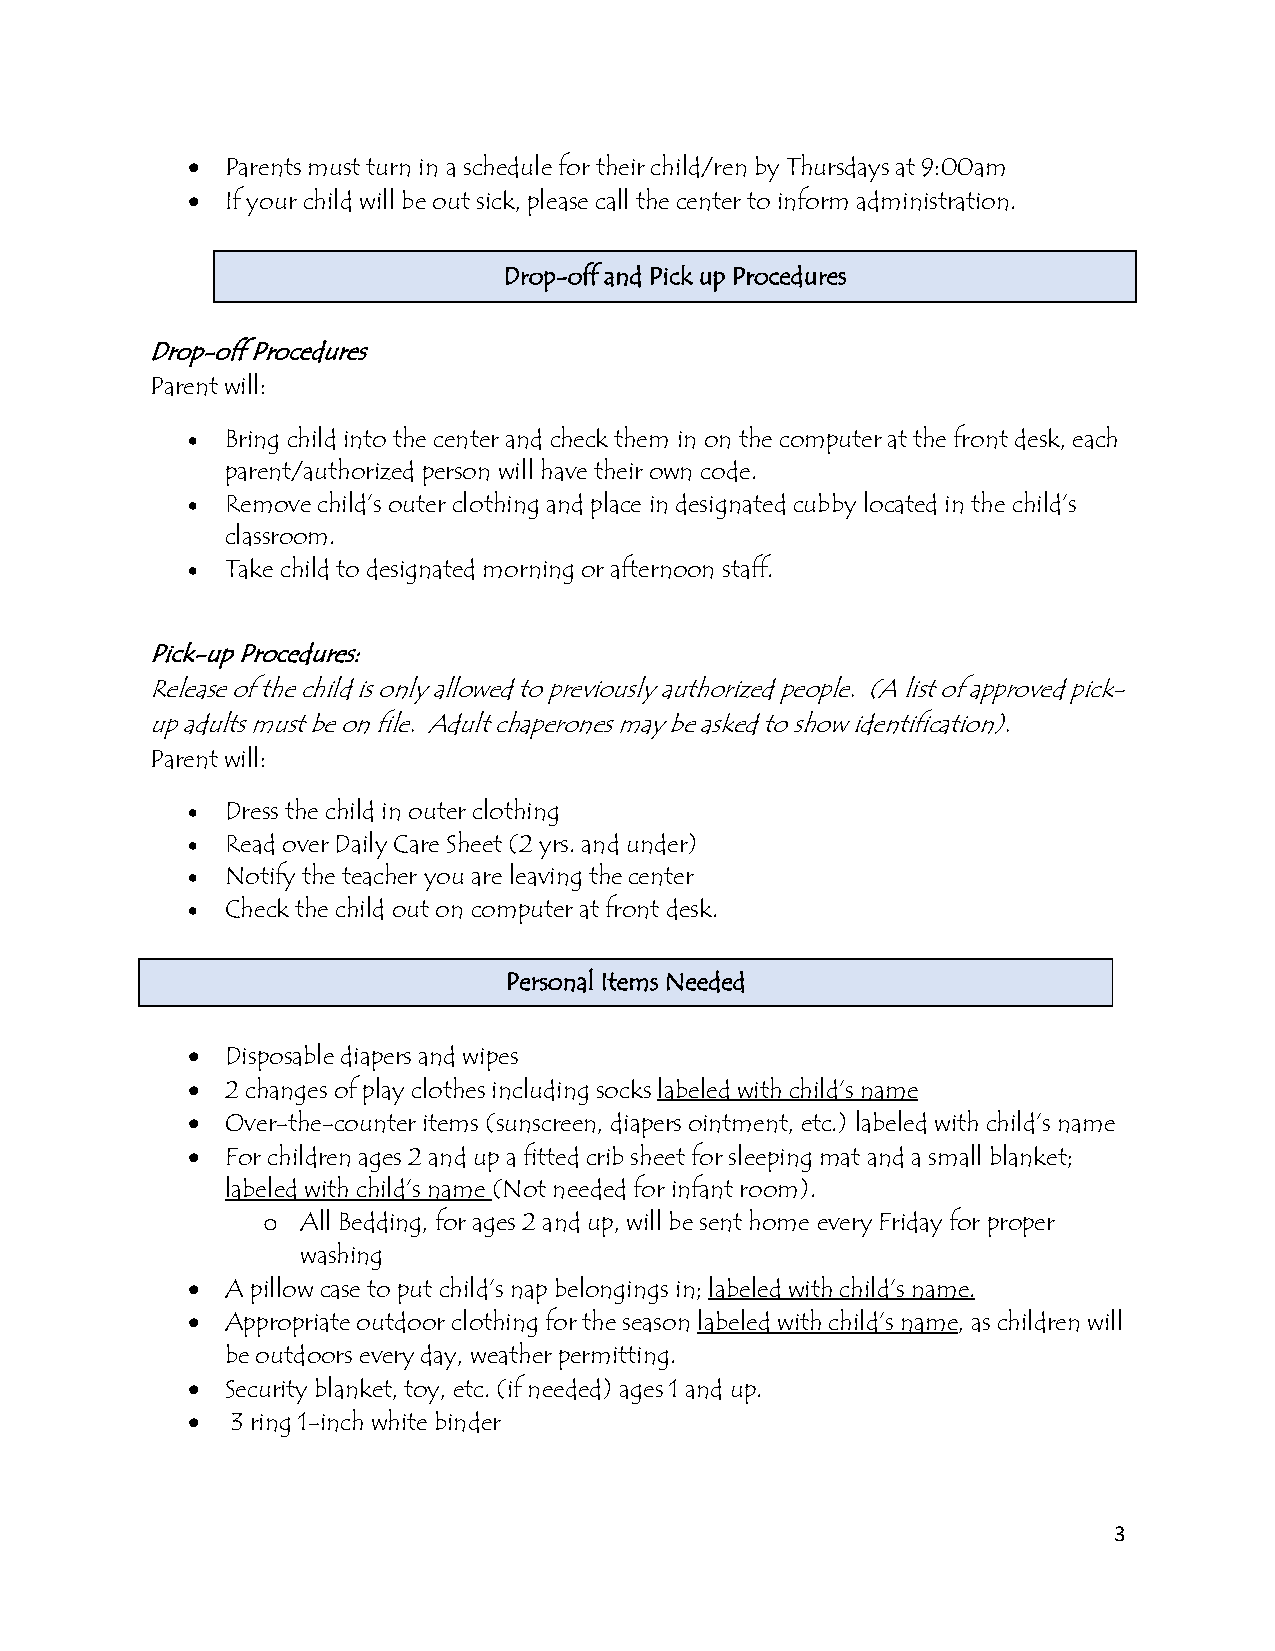
•  Parents must turn in a schedule for their child/ren by Thursdays at 9:00am
 •  If your child will be out sick, please call the center to inform administration.
 Drop-off and Pick up Procedures
 Drop-off Procedures
 Parent will:
 •  Bring child into the center and check them in on the computer at the front desk, each
 parent/authorized person will have their own code.
 •  Remove child’s outer clothing and place in designated cubby located in the child’s
 classroom.
 •  Take child to designated morning or afternoon staff.
 Pick-up Procedures:
 Release of the child is only allowed to previously authorized people. (A list of approved pick-
 up adults must be on file. Adult chaperones may be asked to show identification).
 Parent will:
 •  Dress the child in outer clothing
 •  Read over Daily Care Sheet (2 yrs. and under)
 •  Notify the teacher you are leaving the center
 •  Check the child out on computer at front desk.
 Personal Items Needed
 •  Disposable diapers and wipes
 •  2 changes of play clothes including socks labeled with child’s name
 •  Over-the-counter items (sunscreen, diapers ointment, etc.) labeled with child’s name
 •  For children ages 2 and up a fitted crib sheet for sleeping mat and a small blanket;
 labeled with child’s name (Not needed for infant room).
 All Bedding, for ages 2 and up, will be sent home every Friday for proper
 o
 washing
 •  A pillow case to put child’s nap belongings in; labeled with child’s name.
 •  Appropriate outdoor clothing for the season labeled with child’s name, as children will
 be outdoors every day, weather permitting.
 •  Security blanket, toy, etc. (if needed) ages 1 and up.
 •  3 ring 1-inch white binder
 3